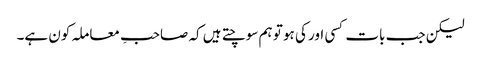
لیکن جب بات کسی اور کی ہو تو ہم سوچتے ہیں کہ صاحبِ معاملہ کون ہے۔